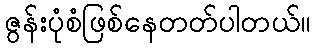
ဇွန်းပုံစံဖြစ်နေတတ်ပါတယ်။